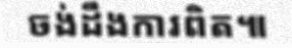
ចង់ដឹងការពិត៕